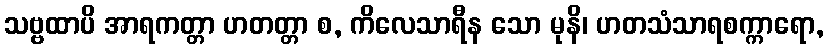
သဗ္ဗထာပိ အာရကတ္တာ ဟတတ္တာ စ, ကိလေသာရီန သော မုနိ၊ ဟတသံသာရစက္ကာရော,